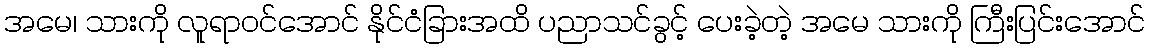
အမေ၊ သားကို လူရာဝင်အောင် နိုင်ငံခြားအထိ ပညာသင်ခွင့် ပေးခဲ့တဲ့ အမေ သားကို ကြီးပြင်းအောင်